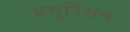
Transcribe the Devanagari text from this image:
मचूरियन